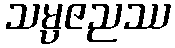
သမ္ပဇညဿ